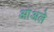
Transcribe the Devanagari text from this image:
आंअले